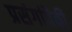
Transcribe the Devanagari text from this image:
प्रसंगांपैकी